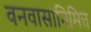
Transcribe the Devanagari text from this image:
वनवासानिमित्त